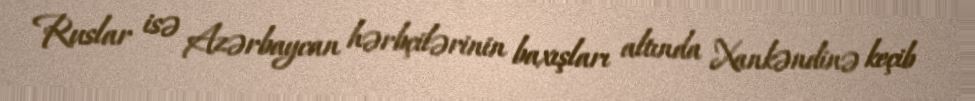
Ruslar isə Azərbaycan hərbçilərinin baxışları altında Xankəndinə keçib